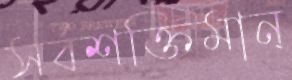
সর্বশক্তিমান্‌